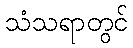
သံသရာတွင်